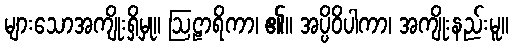
များသောအကျိုးရှိမှု။ ဩဠာရိကာ၊ ၏။ အပ္ပိဝိပါကာ၊ အကျိုးနည်းမူ။